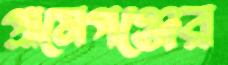
গ্রামেগঞ্জের